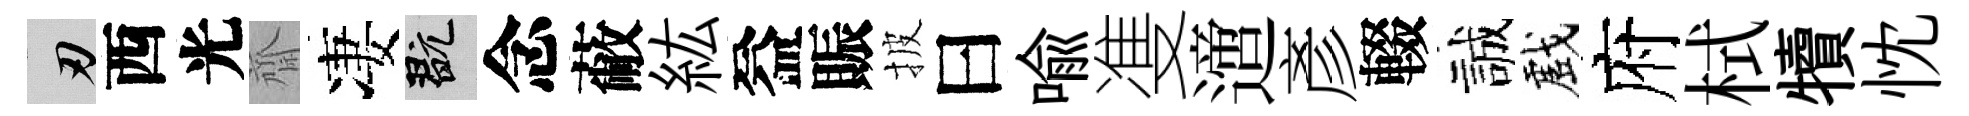
刃西光齋凄玩念蔽紘益賑披曰喩㕠𨗁彥輟誠戲府栻犢忱